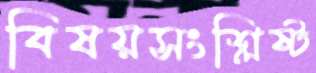
বিষয়সংশ্লিষ্ট